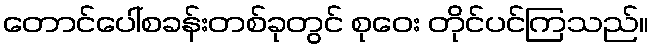
တောင်ပေါ်စခန်းတစ်ခုတွင် စုဝေး တိုင်ပင်ကြသည်။